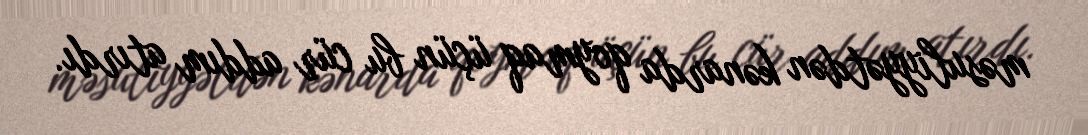
məsuliyyətdən kənarda qoymaq üçün bu cür addım atırdı.